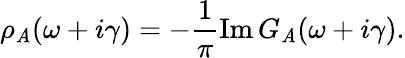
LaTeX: \rho_{\mathit{A}}(\omega+i\gamma)=-\frac{{1}}{{\pi}}\operatorname{Im}G_{\mathit{A}}(\omega+i\gamma).